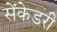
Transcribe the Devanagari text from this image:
सेंकेडरी